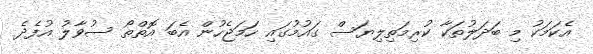
އެކަމަކު މި ބަދަލުތަކާ ކުރިމަތިލިޔަސް ގައުމުގައި ހަމަޖެހުން އެބަ އޮތްތޯ ސުވާލު އުފެދެ